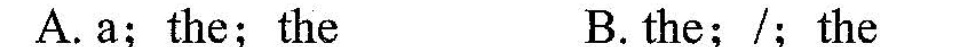
A.a;the;the B. the; /; the